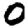
Digit: 0